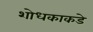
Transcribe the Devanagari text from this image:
शोधकाकडे